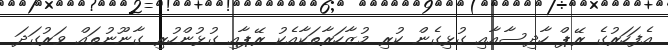
އެފަހަރުގެ ރޭޕް ހާދިސާއާއި ގުޅިގެން ކުރި މުޒާހަރާތަކާއެކު ރޭޕާއި ގުޅުންހުރި ގާނޫނުތައް ވަރުގަދަ